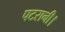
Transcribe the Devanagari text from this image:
पटरानी।